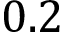
0 . 2